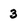
Character: 3